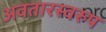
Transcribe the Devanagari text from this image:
अवतारस्वरुप